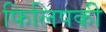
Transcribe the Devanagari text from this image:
फिलिपकी